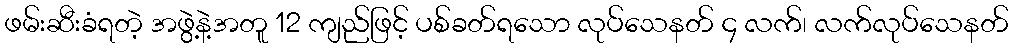
ဖမ်းဆီးခံရတဲ့ အဖွဲ့နဲ့အတူ 12 ကျည်ဖြင့် ပစ်ခတ်ရသော လုပ်သေနတ် ၄ လက်၊ လက်လုပ်သေနတ်